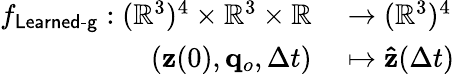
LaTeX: \begin{array}{rl}{f_{\textsf{Learned-g}}:(\mathbb R^{3})^{4}\times\mathbb{R}^{3}\times\mathbb R}&{{}\to(\mathbb R^{3})^{4}}\\ {(\mathbf{z}(0),\mathbf{q}_{o},\Delta t)}&{{}\mapsto\mathbf{\hat{z}}(\Delta t)}\end{array}